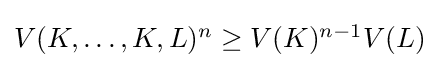
{\textstyle V(K,\ldots ,K,L)^{n}\geq V(K)^{n-1}V(L)}